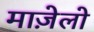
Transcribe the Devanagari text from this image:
माज़ेलो